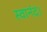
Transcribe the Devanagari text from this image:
स्वानंद।